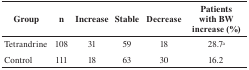
| Group | n | Increase | Stable | Decrease | Patients with BW increase (%) |
 | --- | --- | --- | --- | --- | --- |
 | Tetrandrine | 108 | 31 | 59 | 18 | 28.7a |
 | Control | 111 | 18 | 63 | 30 | 16.2 |